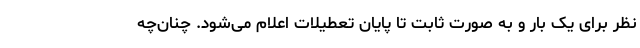
نظر برای یک بار و به صورت ثابت تا پایان تعطیلات اعلام می‌شود. چنان‌چه